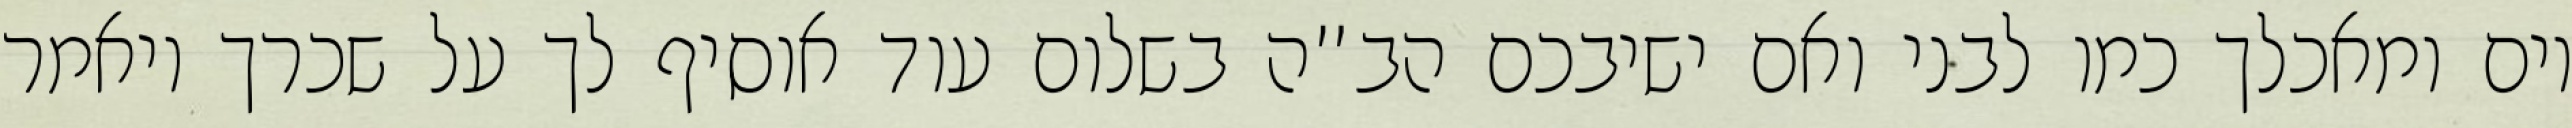
יום ומאכלך כמו לבני ואם ישיבכם הב”ה בשלום עוד אוסיף לך על שכרך ויאמר